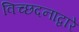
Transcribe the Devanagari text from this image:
विच्छदनाद्वारे